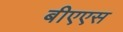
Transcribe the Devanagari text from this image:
बीएएस